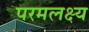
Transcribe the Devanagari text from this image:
परमलक्ष्य